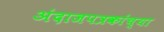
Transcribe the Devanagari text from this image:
अंदाजपत्रकांच्या